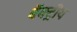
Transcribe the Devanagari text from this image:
बॅक्ट्रीय